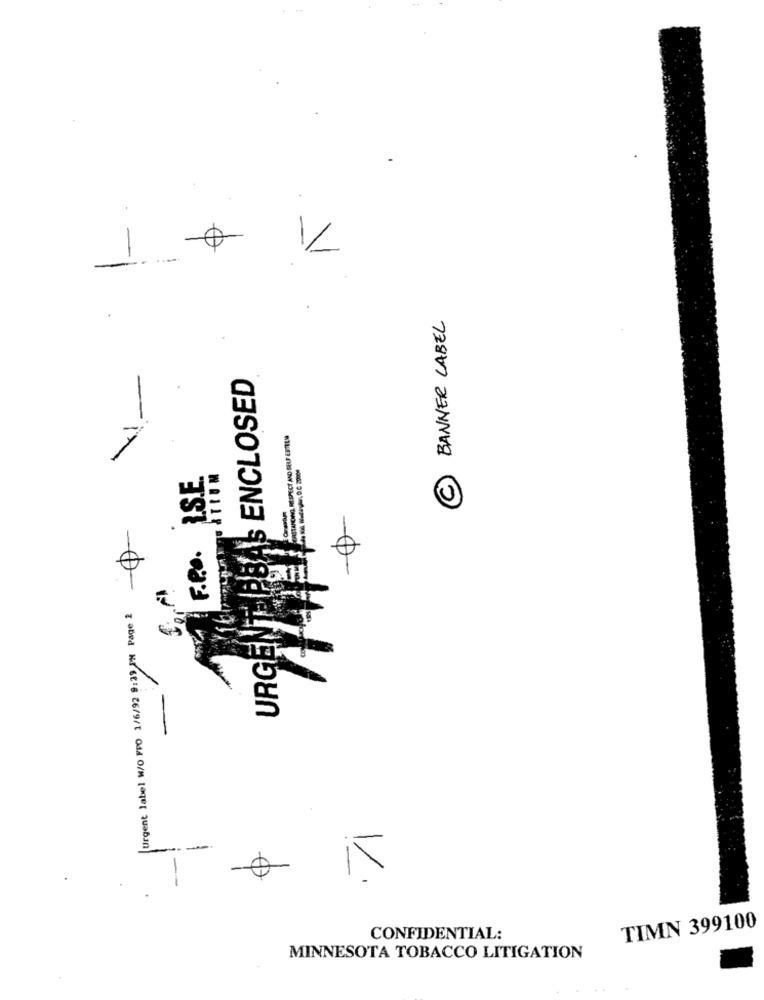
.....
-
BANNER LABEL
URGENT PBAS ENCLOSED
HERSTANDING, MEESPECT AND BEUF ESTILA
F.R.O. I.S.E
C
Urgent label W/O PPO 1/6/92 9:39 PM Page 2
/
---
1
TIMN 399100
CONFIDENTIAL:
MINNESOTA TOBACCO LITIGATION